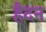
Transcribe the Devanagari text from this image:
हैदन